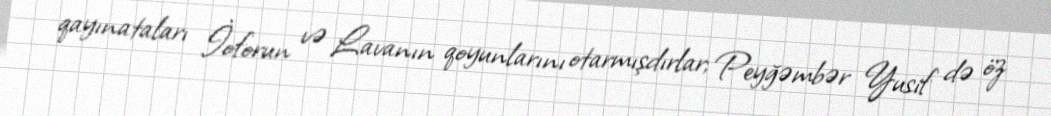
qayınataları İoforun və Lavanın qoyunlarını otarmışdırlar; Peyğəmbər Yusif də öz